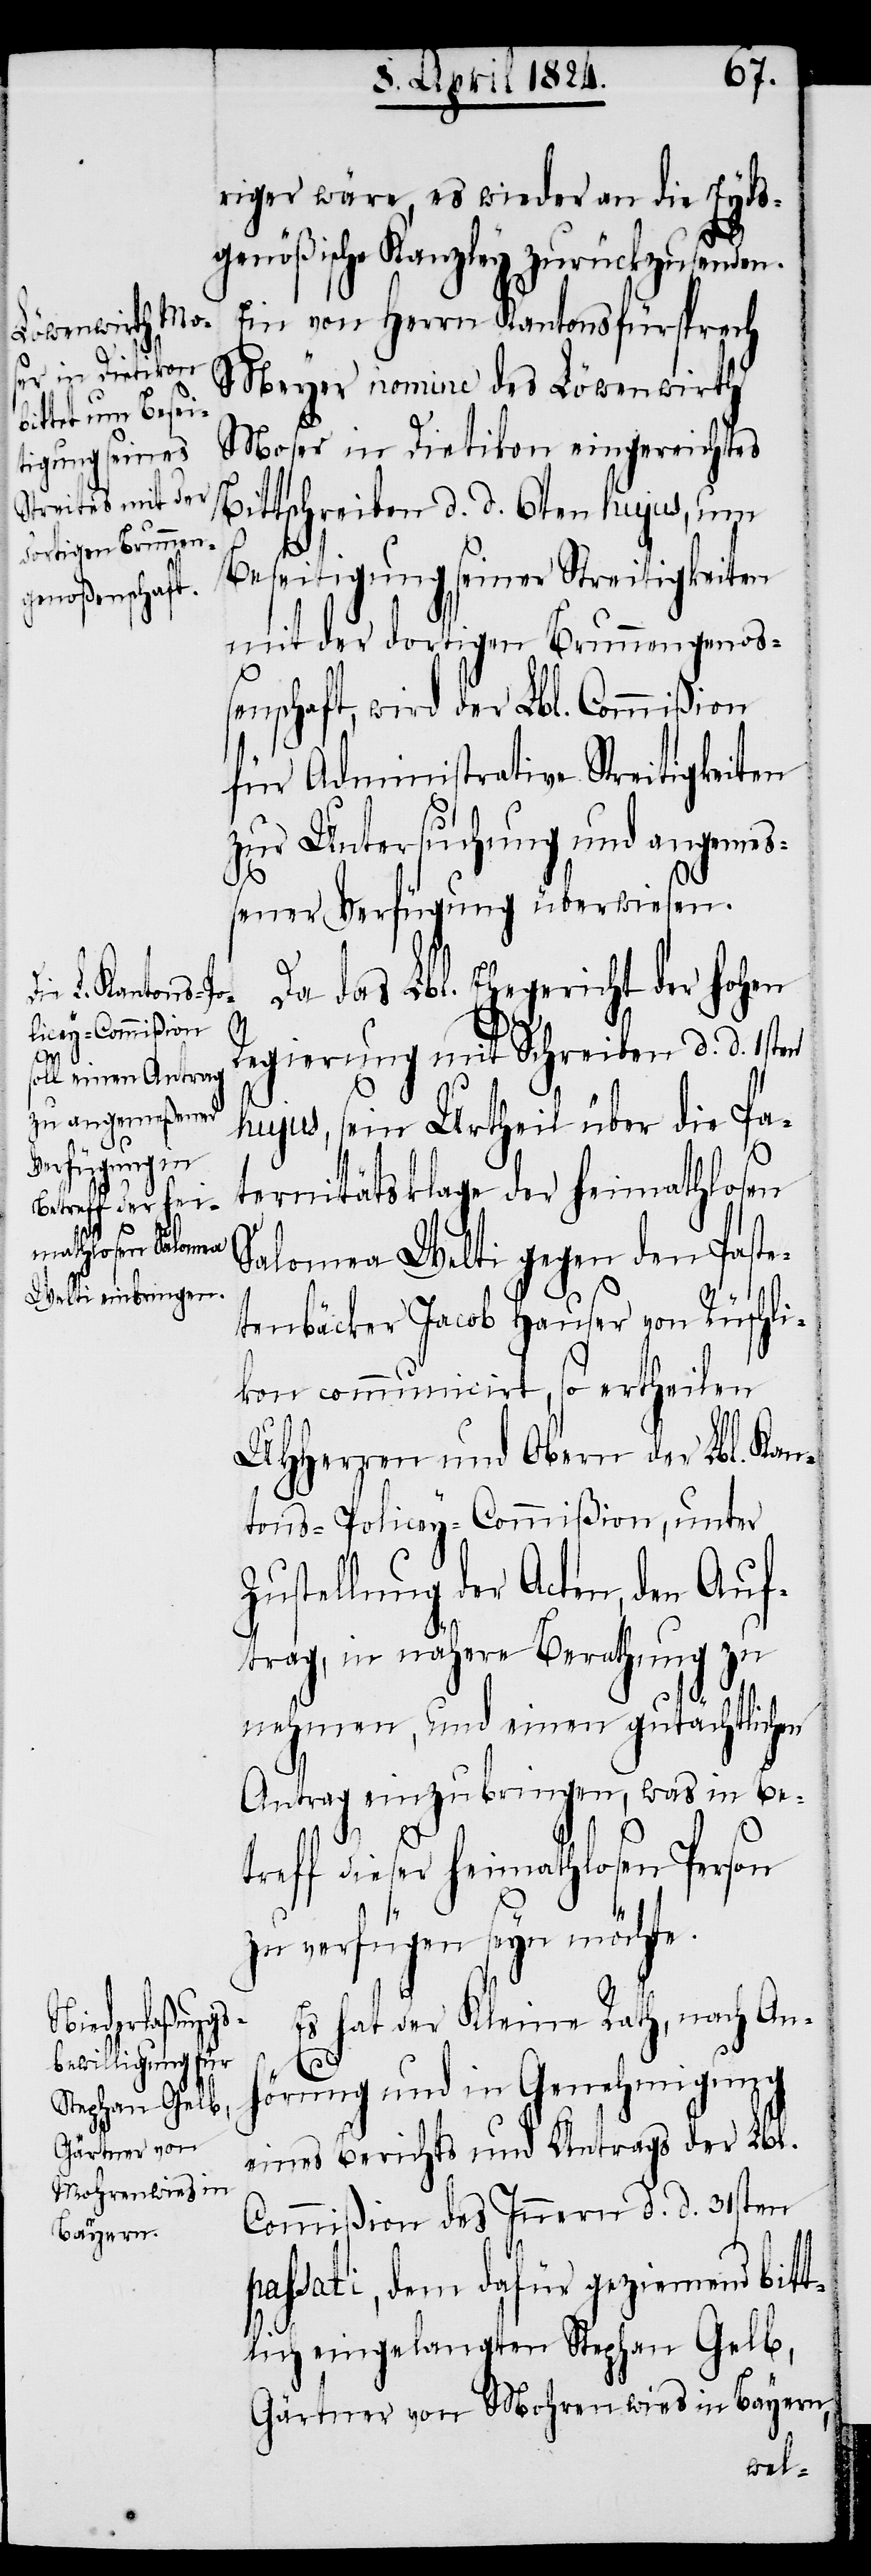
riger wäre, es wieder an die Eyds¬
genößische Kanzley zurückzusenden.
Ein von Herrn Kantonsfürsprech
Meyer nomine des Löwenwirth
Moser in Dietikon eingereichtes
Bittschreiben d. d. 6ten hujus, um
Beseitigung seiner Streitigkeiten
mit der dortigen Brunnengenoß¬
enschaft, wird der Lbl. Commißion
für Administrative Streitigkeiten
zur Untersuchung und angeme¬
ßener Verfügung überwiesen.
Da das Lbl. Ehegericht der hohen
Regierung mit Schreiben d. d. 1sten
hujus, sein Urtheil über die Pa¬
ternitätsklage der heimathlosen
Salomea Welti gegen den Paste¬
tenbäcker Jacob Hauser von Rüschli¬
kon communicirt, so ertheilen
UHHerren und Obern der Lbl. Kan¬
tons-Policey-Commißion, unter
Zustellung der Acten, den Auf¬
trag, in nähere Berathung zu
nehmen, und einen gutächtlichen
Antrag einzubringen, was in Be¬
treff dieser heimathlosen Person
zu verfügen seyn möchte.
Es hat der Kleine Rath, nach An¬
hörung und in Genehmigung
eines Berichts und Antrags der Lbl.
Commißion des Innern d. d. 31sten
passati, dem dafür geziemend bitt¬
lich eingelangten Stephan Gelb,
Gärtner von Mohrenwies in Bayern,